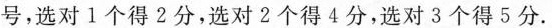
号，选对1个得2分，选对2个得4分，选对3个得5分。